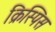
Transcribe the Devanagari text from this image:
क्रिस्पिस